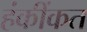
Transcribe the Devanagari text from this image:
हंकींकत